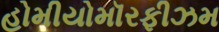
હોમીયોમૉરફીઝમ